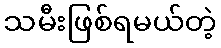
သမီးဖြစ်ရမယ်တဲ့